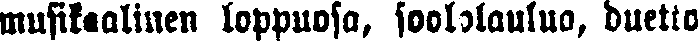
musikaalinen loppuosa, soololaulua, duetto